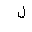
Letter: _lam